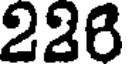
226